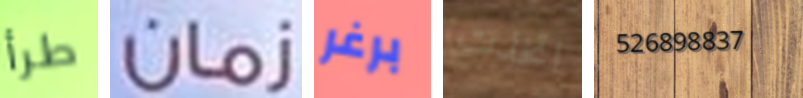
طرأ زمان برغر اتخذت 526898837